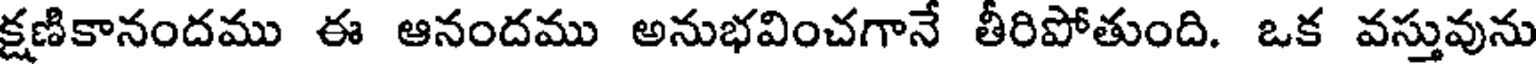
క్షణికానందము ఈ ఆనందము అనుభవించగానే తీరిపోతుంది. ఒక వస్తువును